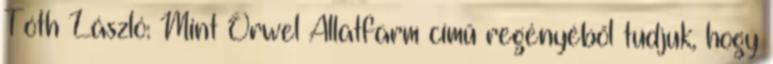
Tóth László: Mint Orwel Állatfarm című regényéből tudjuk, hogy